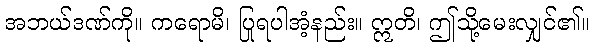
အဘယ်ဒဏ်ကို။ ကရောမိ၊ ပြုရပါအံ့နည်း။ ဣတိ၊ ဤသို့မေးလျှင်၏။